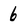
Character: 6